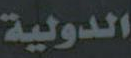
الدولية